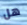
هل